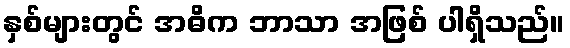
နှစ်များတွင် အဓိက ဘာသာ အဖြစ် ပါရှိသည်။